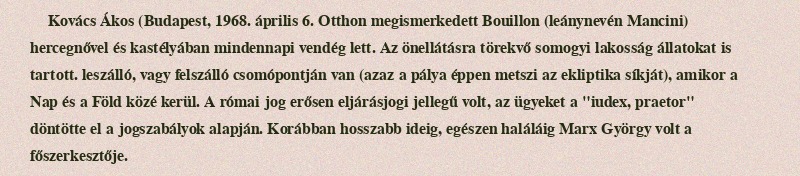
Kovács Ákos (Budapest, 1968. április 6. Otthon megismerkedett Bouillon (leánynevén Mancini) hercegnővel és kastélyában mindennapi vendég lett. Az önellátásra törekvő somogyi lakosság állatokat is tartott. leszálló, vagy felszálló csomópontján van (azaz a pálya éppen metszi az ekliptika síkját), amikor a Nap és a Föld közé kerül. A római jog erősen eljárásjogi jellegű volt, az ügyeket a "iudex, praetor" döntötte el a jogszabályok alapján. Korábban hosszabb ideig, egészen haláláig Marx György volt a főszerkesztője.